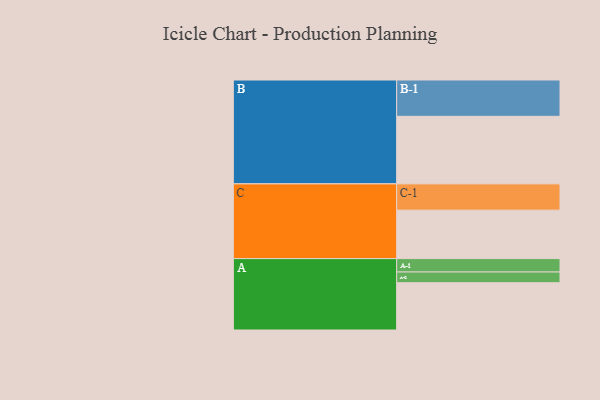
{"axis": {"x": "Segment", "y": "Value"}, "legend": ["", "A", "B", "C"], "data": [{"x": "A", "y": 367, "type": ""}, {"x": "B", "y": 524, "type": ""}, {"x": "C", "y": 376, "type": ""}, {"x": "A-1", "y": 104, "type": "A"}, {"x": "A-2", "y": 83, "type": "A"}, {"x": "B-1", "y": 282, "type": "B"}, {"x": "C-1", "y": 204, "type": "C"}]}